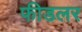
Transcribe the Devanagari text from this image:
फीडलर